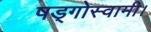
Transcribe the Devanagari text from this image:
षड्गोस्वामी।